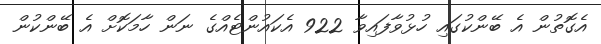
އެގޮތުން އެ ބޭންކުގައި ހުޅުވާފައިވާ 922 އެކައުންޓެއްގެ ނަން ހާމަކޮށް އެ ބޭންކުން